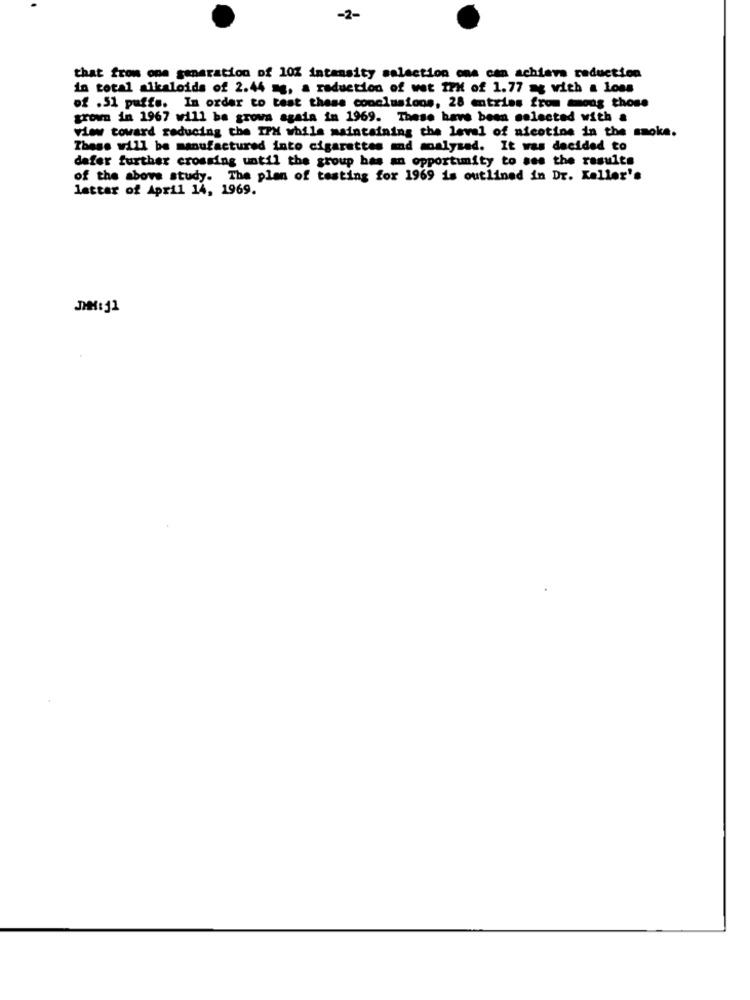
-2-
that from one generation of 10% intensity salaction one can achieve reduction
in total alkaloids of 2.44 mg, a reduction of wet IPH of 1.77 ag with a loss
of .51 puffs. In order to test these conclusions, 28 entries from among those
grown in 1967 will be grows agaia in 1969. These have been selected with a
view toward reducing the IPH while maintaining the level of nicotine in the smoke.
These will be manufactured into cigarettes and moalysed. It was decided to
dafer further crossing until the group has an opportunity to see the results
of the above study. The plan of testing for 1969 is outlined in Dr. Kaller's
letter of April 14, 1969.